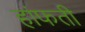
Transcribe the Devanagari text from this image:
हांफती